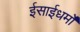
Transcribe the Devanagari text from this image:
ईसाईधर्मों